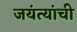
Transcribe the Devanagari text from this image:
जयंत्यांची